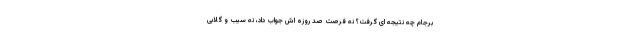
برجام چه نتیجه ای گرفت؟ نه فرصت صد روزه اش جواب داد، نه سیب و گلابی